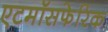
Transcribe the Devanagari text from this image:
एटमॉसफेरिक